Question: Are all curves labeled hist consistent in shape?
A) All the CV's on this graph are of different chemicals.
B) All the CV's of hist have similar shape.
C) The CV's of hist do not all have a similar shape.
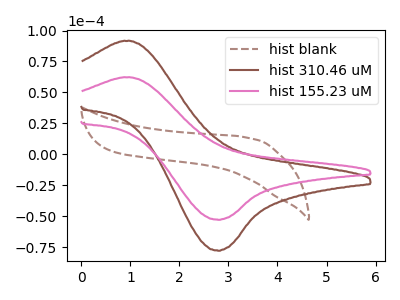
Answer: <think>The brown dashed curve "hist blank" has no peaks. The brown curve "hist 310.46 uM" has an anodic peak at (0.90V, 91.50uA) and a cathodic peak at (2.80V, -77.80uA). The pink curve "hist 155.23 uM" has an anodic peak at (0.90V, 62.15uA) and a cathodic peak at (2.80V, -52.85uA).
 "hist blank" and "hist 310.46 uM" have a different number of peaks. "hist blank" and "hist 155.23 uM" have a different number of peaks. All the peaks in "hist 310.46 uM" have a peak in "hist 155.23 uM" at the same potential. Every peak in "hist 310.46 uM" is higher than every peak in "hist 155.23 uM".</think>
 <answer>B) All the CV's of "hist" have similar shape.</answer>
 <eval>B</eval>